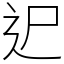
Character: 迉